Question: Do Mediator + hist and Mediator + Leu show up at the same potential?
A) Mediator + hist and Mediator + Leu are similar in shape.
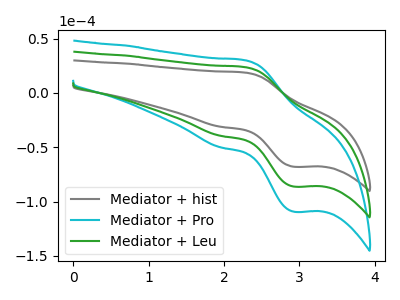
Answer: <think>The gray curve "Mediator + hist" has an anodic peak at (2.30V, 18.70uA) and a cathodic peak at (2.95V, -68.00uA). The cyan curve "Mediator + Pro" has an anodic peak at (2.30V, 47.50uA) and a cathodic peak at (2.95V, -172.55uA). The green curve "Mediator + Leu" has an anodic peak at (2.30V, 23.75uA) and a cathodic peak at (2.95V, -86.30uA).
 All the peaks in "Mediator + hist" have a peak in "Mediator + Leu" at the same potential. Every peak in "Mediator + hist" is lower than every peak in "Mediator + Leu".</think>
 <answer>A) "Mediator + hist" and "Mediator + Leu" are similar in shape.</answer>
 <eval>A</eval>